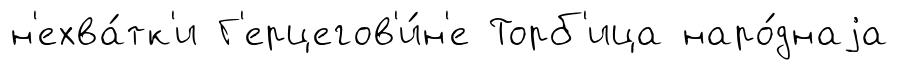
н'ехва́тк'и Г'ерцегов'и́н'е Торб'ица наро́днаjа